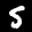
Label: 5